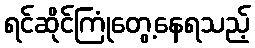
ရင်ဆိုင်ကြုံတွေ့နေရသည့်